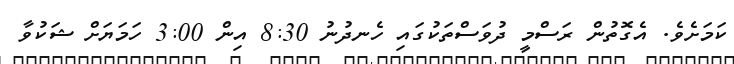
ކަމަށެވެ. އެގޮތުން ރަސްމީ ދުވަސްތަކުގައި ހެނދުނު 8:30 އިން 3:00 ހަމަޔަށް ޝަކުވާ